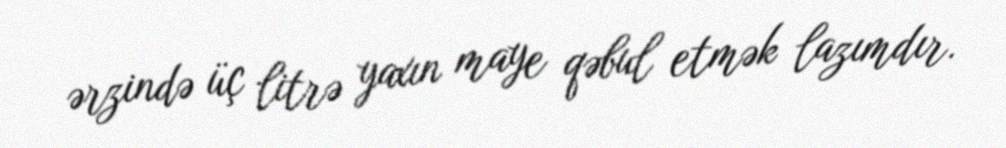
ərzində üç litrə yaxın maye qəbul etmək lazımdır.